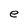
Character: e